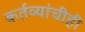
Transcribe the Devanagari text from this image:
कर्तव्यांचीही